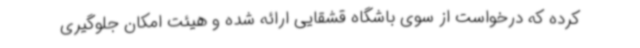
کرده که درخواست از سوی باشگاه قشقایی ارائه شده و هیئت امکان جلوگیری